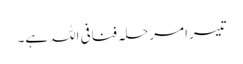
تیسرا مرحلہ فنافی اللہ ہے۔